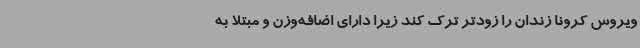
ویروس کرونا زندان را زودتر ترک کند زیرا دارای اضافه‌وزن و مبتلا به